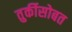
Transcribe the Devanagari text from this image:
तुर्कीसोबत